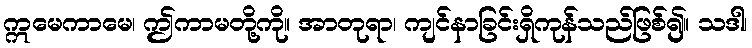
ဣမေကာမေ၊ ဤကာမတို့ကို။ အာတုရာ၊ ကျင်နာခြင်းရှိကုန်သည်ဖြစ်၍။ သဒါ၊